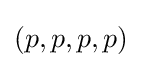
(p,p,p,p)